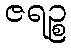
ဇရဉ္စ